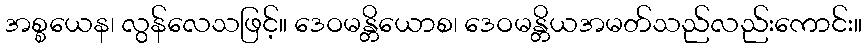
အစ္စယေန၊ လွန်လေသဖြင့်။ ဒေဝမန္တိယောစ၊ ဒေဝမန္တိယအမတ်သည်လည်းကောင်း။